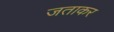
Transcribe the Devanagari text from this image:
जताकर